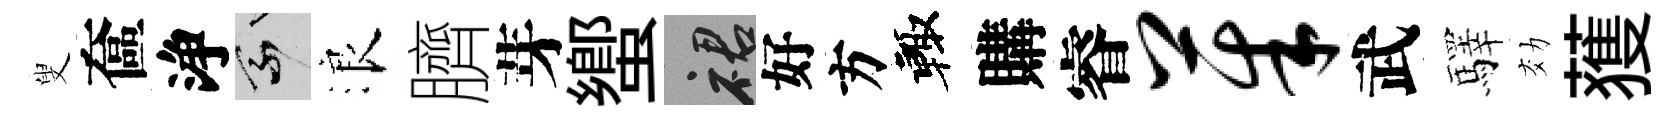
叟奩浄乘浪臍芽蠁裙好方輙購睿茱武驛効𫉬